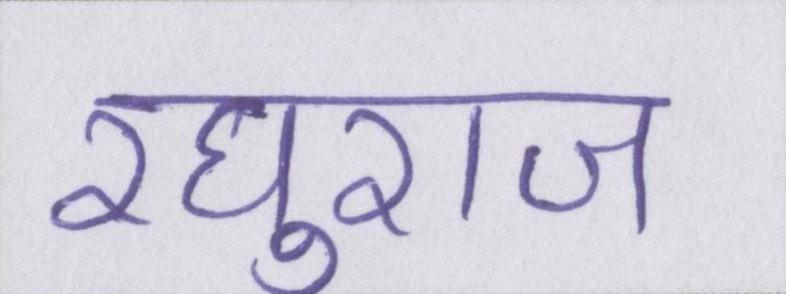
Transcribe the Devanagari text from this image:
रघुराज